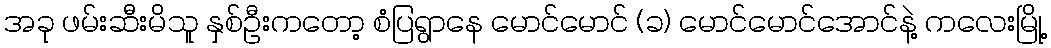
အခု ဖမ်းဆီးမိသူ နှစ်ဦးကတော့ စံပြရွာနေ မောင်မောင် (ခ) မောင်မောင်အောင်နဲ့ ကလေးမြို့